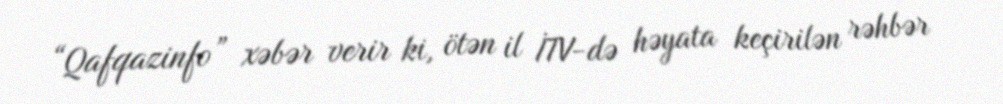
“Qafqazinfo” xəbər verir ki, ötən il İTV-də həyata keçirilən rəhbər